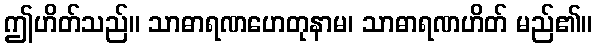
ဤဟိတ်သည်။ သာဓာရဏဟေတုနာမ၊ သာဓာရဏဟိတ် မည်၏။